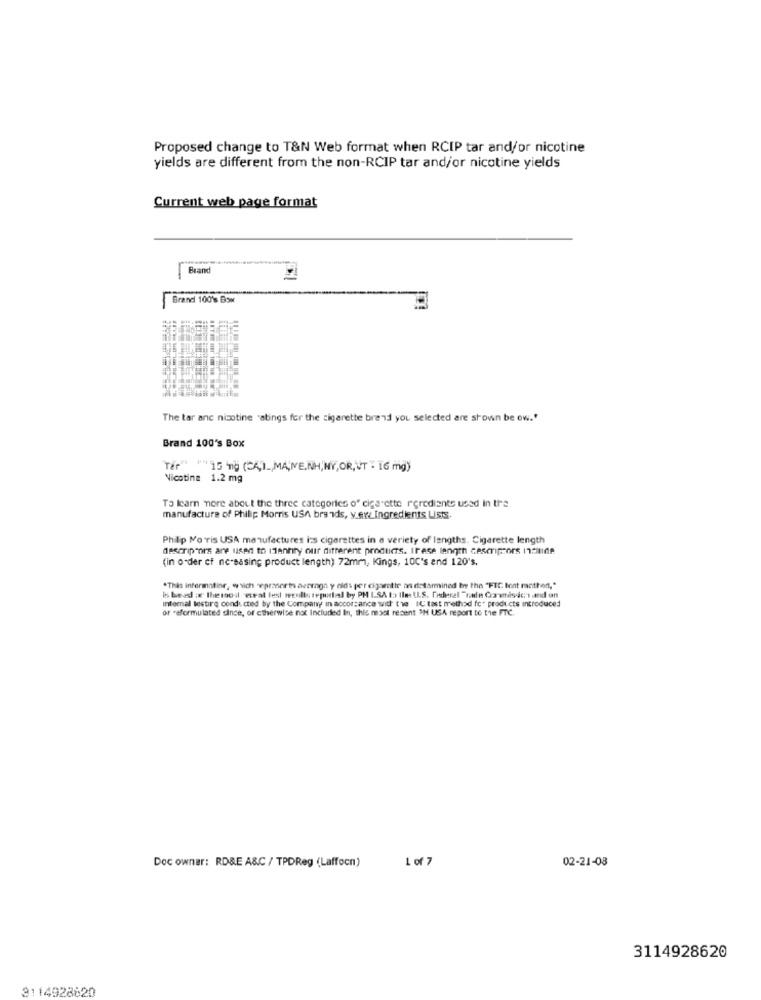
Proposed change to T&N Web format when RCIP tar and/or nicotine
yields are different from the non-RCIP tar and/or nicotine yields
Current web page format
Brand
Brand 100's Box
The tar anc nicotine "atings for the cigarette brend you selected are shown be ow."
Brand 100's Box
Nicotine 1.2 mg
To learn more about the three categories o" cigarette rerediants used In the
manufacture of Philip Morris USA brands, y.era Ingredients ListS.
Phillip Moris USA manufactures ins cigarettes in a variety of lengths. Cigarette length
descrip"ors are used to Identify our different products. Irese length cescicors nude
(in order cf nc-sasing product length) 72mm, Kings, 100's and 120's.
"This information, which "epranerin aceraga y elds per cigaretir an delarmined boy the "FIC font mother,"
is beed : themost espal lest recalls tepurtial by PH ISA to Ilm U.S. federal "han Contasics and on
internal tostire condi cted by the Company in accordance with the IC tast method for products introduced
or -eformulated dinde, of ctherwise not Included In, this most recent OH USA report to the FTC.
1 of 7
02-21-08
Doc owner: RD&E A&C / TPDReg (Laffocn)
3114928620
3114928620